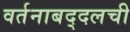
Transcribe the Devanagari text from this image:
वर्तनाबद्दलची